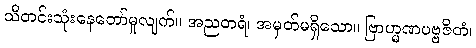
သီတင်းသုံးနေတော်မူလျက်။ အညတရံ၊ အမှတ်မရှိသော။ ဗြာဟ္မဏပဗ္ဗဇိတံ၊